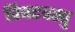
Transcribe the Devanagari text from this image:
विषटवस्तु